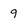
Character: 9